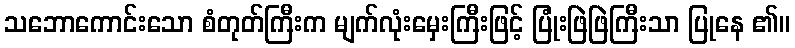
သဘောကောင်းသော စံတုတ်ကြီးက မျက်လုံးမှေးကြီးဖြင့် ပြုံးဖြဲဖြဲကြီးသာ ပြုနေ ၏။